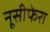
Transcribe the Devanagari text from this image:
नूसीफेरा